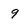
Character: 9